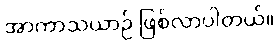
အာကာသယာဉ် ဖြစ်လာပါတယ်။